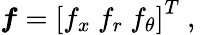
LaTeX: \boldsymbol{f}=\left[f_{x}~f_{r}~f_{\theta}\right]^{T}\mathrm{~,~}